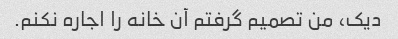
دیک، من تصمیم گرفتم آن خانه را اجاره نکنم.